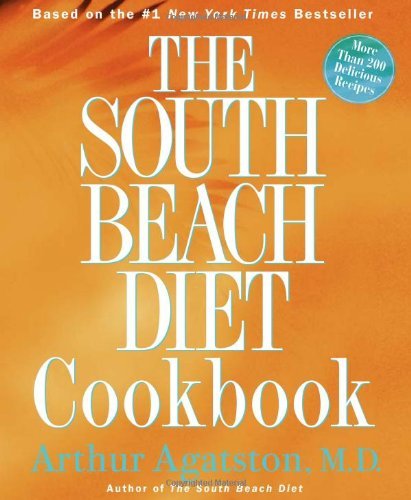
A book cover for By Arthur Agatston The South Beach Diet Cookbook (1st First Edition) [Hardcover]; Health, Fitness & Dieting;